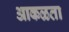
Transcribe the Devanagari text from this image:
आकळता